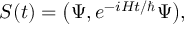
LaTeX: { \cal S } ( t ) = \big ( \Psi , e ^ { - i H t / \hbar } \Psi \big ) ,